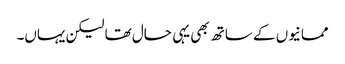
ممانیوں کے ساتھ بھی یہی حال تھا لیکن یہاں۔